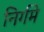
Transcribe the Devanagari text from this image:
निर्गमे